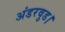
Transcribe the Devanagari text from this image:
अंडरवुड।